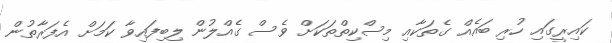
ކައިރީގައި ހުރި ބައެއް ގެތަކާއި މިސްކިތްތަކަށް ވެސް ގެއްލުން ލިބިފައިވާ ކަމަށް އެފަރާތުން